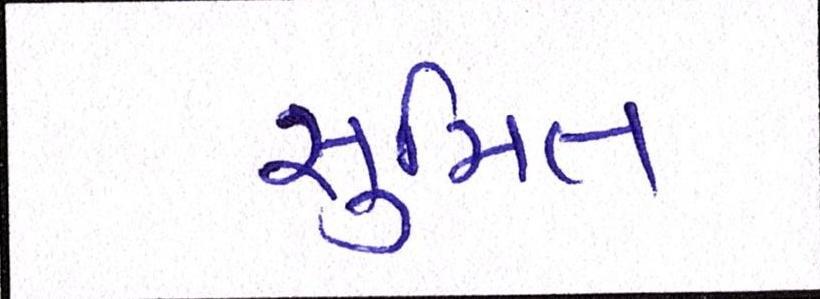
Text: સુમિત